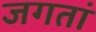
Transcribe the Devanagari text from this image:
जगतां